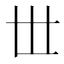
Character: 𠀍